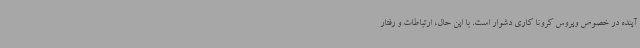
آینده در خصوص ویروس کرونا کاری دشوار است. با این حال، ارتباطات و رفتار